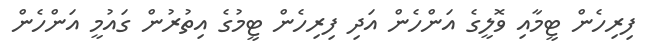
ފިރިހެން ޓީމާއި ވޮލީގެ އަންހެން އަދި ފިރިހެން ޓީމުގެ އިތުރުން ގައުމީ އަންހެން